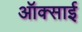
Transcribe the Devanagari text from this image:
ऑक्साई